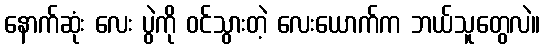
နောက်ဆုံး လေး ပွဲကို ဝင်သွားတဲ့ လေးယောက်က ဘယ်သူတွေလဲ။